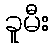
ခူမီး